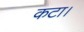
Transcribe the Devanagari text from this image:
कटा।